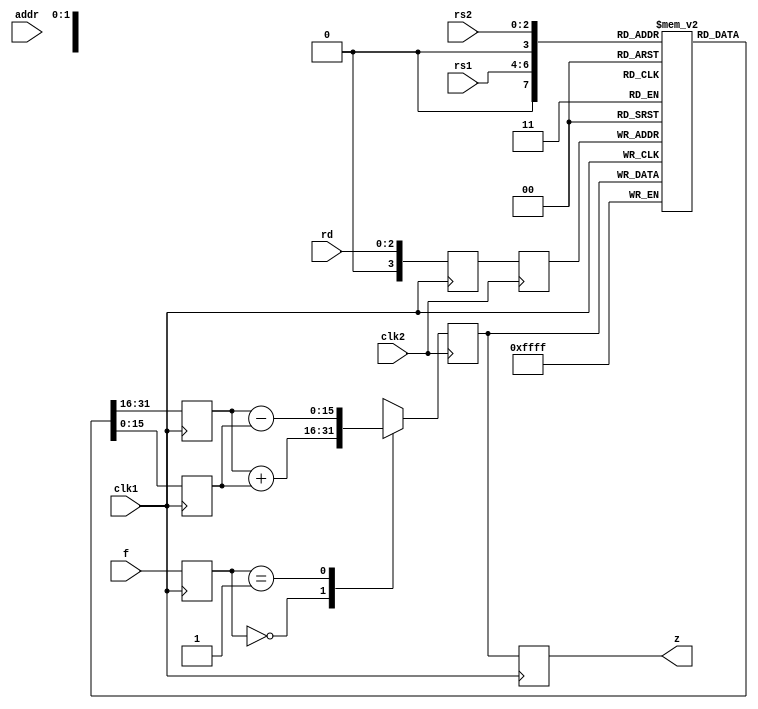
module pipeb(z,rs1,rs2,rd,f,addr,clk1,clk2);
parameter n=16;
parameter m=3;
parameter adr=8;
parameter fun=3;
output [n-1:0]z;
input clk1,clk2;
input [adr-1:0]addr;
input [fun-1:0]f;
input [m-1:0]rs1,rs2,rd;
reg [n-1:0]regb[0:15];
reg [n-1:0]mem[0:255];
reg [n-1:0]a,b,l23_z,l34_z,l12_rd,l23_rd;
reg [fun-1:0]l12_f;
reg [adr-1:0]l12_addr,l23_addr,l34_addr;
assign z=l34_z;
always@(posedge clk1)
begin 
	a<=#2 regb[rs1];
	b<=#2 regb[rs2];
	l12_rd<=#2 rd;
	l12_f<=#2 f;
	l12_addr<=#2 addr;
end

always@(posedge clk2)
begin
case(l12_f)
	000:l23_z<=#2 a+b;
	001:l23_z<=#2 a-b;
	010:l23_z<=#2 a*b;
	011:l23_z<=#2 a&b;
	100:l23_z<=#2 a|b;
	101:l23_z<=#2 a^b;
	110:l23_z<=#2 ~a;
	111:l23_z<=#2 ~b;
	default:l23_z<=#2 16'dx;
endcase
	l23_rd<=#2 l12_rd;
	l23_addr<=#2 l12_addr;
end

always@(posedge clk1)
begin 
	regb[l23_rd]<=#2 l23_z;
	l34_z<=#2 l23_z;
	l34_addr<=#2 l23_addr;
end

always@(posedge clk2)
begin 
	mem[l34_addr]<=#2 l34_z;

end

endmodule